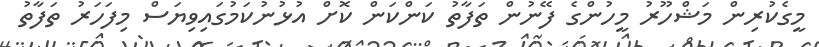
މީގެކުރިން މަޝްހޫރު މީހުންގެ ފޭނުން ތަފާތު ކަންކަން ކޮށް އުޅުނުކަމުގައިވިޔަސް މިފަހަރު ތަފާތު